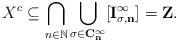
LaTeX: \begin{align*}X^c \subseteq \bigcap_{n \in \mathbb{N}} \bigcup_{\sigma \in \mathbf{C_n^{\infty}}} [\mathbf{I_{\sigma,n}^{\infty}}] = \mathbf{Z}.\end{align*}